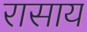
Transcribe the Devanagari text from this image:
रासाय